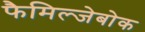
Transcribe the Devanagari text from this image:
फैमिल्जेबोक